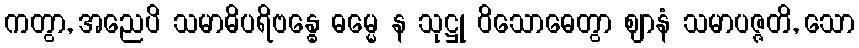
ကတွာ, အညေပိ သမာဓိပရိဗန္ဓေ ဓမ္မေ န သုဋ္ဌု ဝိသောဓေတွာ ဈာနံ သမာပဇ္ဇတိ, သော